Kaarli_hariduselts_Sade, lk 7
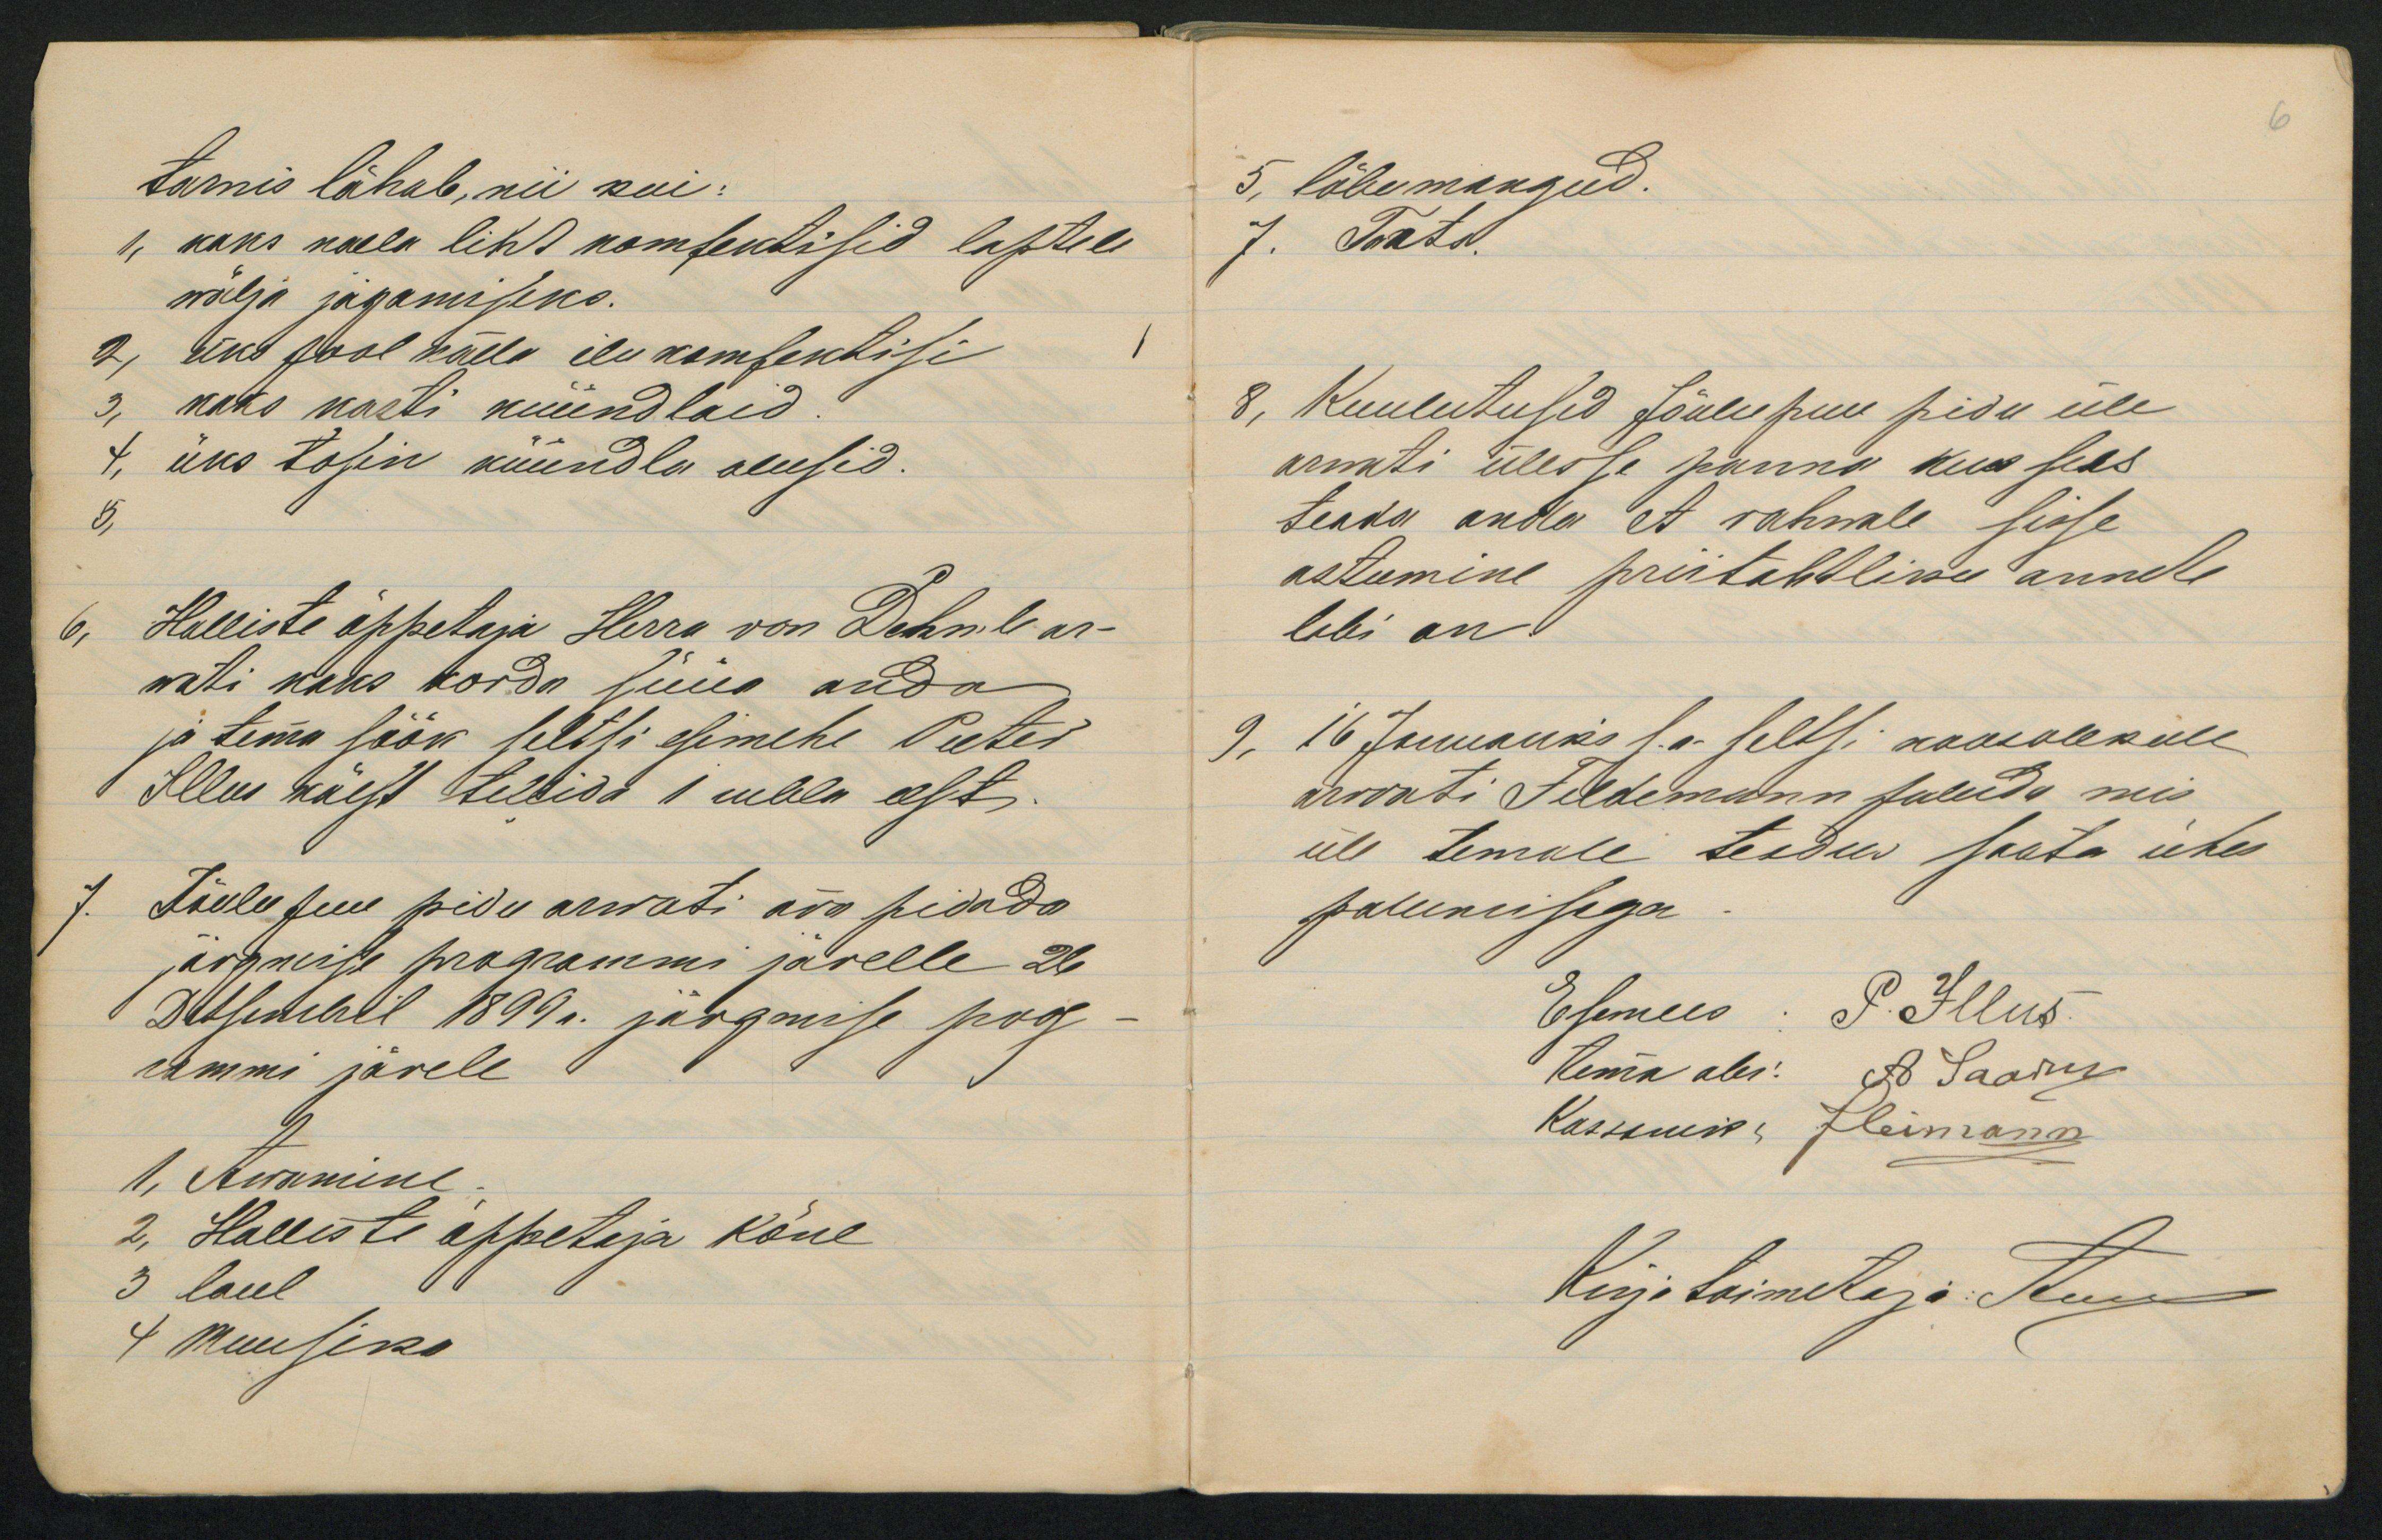
tamnis lähab, nii kui:1, kaks naela liht nomsentisid lapteliwälja jägamiseks.2, ünd Jool häela ilu komfenbisikaks nasti kuundlaid7, üks tosin küündla olusid.Halliste õppetaja Herro von Lehnb ar-wati kaks koida siua andaja tema sööv leltsi elimehe PeetedIllus kaest telbida 1 rubla eest.tõele Juu pidu arwati ära pidadajargmise programmi järelle 26Dutsemeril 1899. järgmise poog-immi järele1. Awanune2. Hallisti õppetaja kõne3 laul9 Muusino

5, läbemangud.7. Paatol.8. Kuulutusid Jõulupuu pidu üllearmiti ulesse panna kus seesteada anda et rahwale sisseastumine prertahtlike annelilibi an9. 16 Jumauks 1.a- Sell1/. kaasolekuleärrati Sildimann Juledda misüle temale teeduv saata ühespalunisega